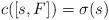
LaTeX: \begin{align*}c([s, F]) = \sigma(s)\end{align*}